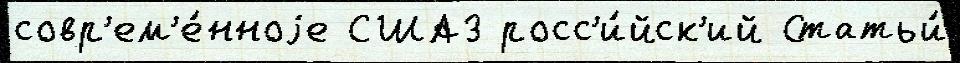
совр'ем'е́нноjе США3 росс'и́йск'ий Статьи́